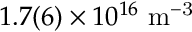
1 . 7 ( 6 ) \times 1 0 ^ { 1 6 } ~ \mathrm { m ^ { - 3 } }